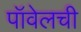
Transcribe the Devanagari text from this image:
पॉवेलची